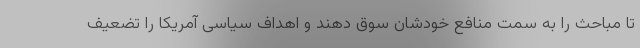
تا مباحث را به سمت منافع خودشان سوق دهند و اهداف سیاسی آمریکا را تضعیف